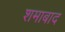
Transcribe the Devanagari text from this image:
शमाबाद